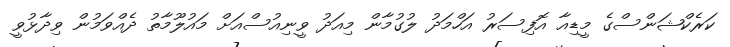
ކަރެކްޝަންސްގެ މީޑިއާ އޮފިސަރު އަހްމަދު ލުގުމާން މިއަދު ވީނިއުސްއަށް މައުލޫމާތު ދެއްވަމުން ވިދާޅުވީ